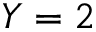
Y = 2